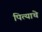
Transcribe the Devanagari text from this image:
पित्‍याचे